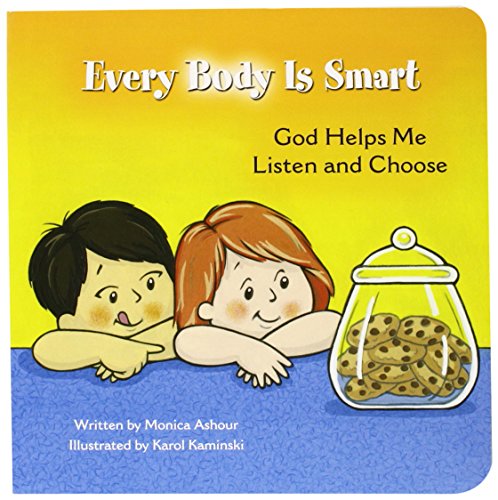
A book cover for Every Body Is Smart: God Helps Me Listen and Choose; Monica Ashour; Christian Books & Bibles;